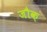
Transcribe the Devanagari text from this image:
जौक़